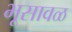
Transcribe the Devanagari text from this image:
भूसावळ